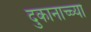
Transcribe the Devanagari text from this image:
दुकानाच्च्या